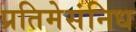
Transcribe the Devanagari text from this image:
प्रतिमेसंनिध